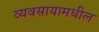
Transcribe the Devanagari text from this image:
व्यवसायामधील